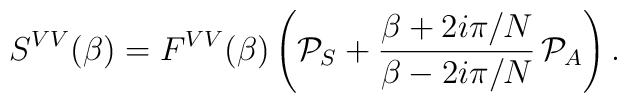
S^{VV}(\beta)=F^{VV}(\beta)\left({\cal P}_S + \frac{\beta+2i\pi/N}{\beta-2i\pi/N}\, {\cal P}_A \right).